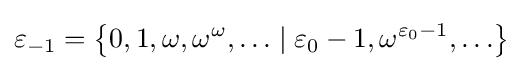
\varepsilon _{-1}=\left\{0,1,\omega ,\omega ^{\omega },\ldots \mid \varepsilon _{0}-1,\omega ^{\varepsilon _{0}-1},\ldots \right\}